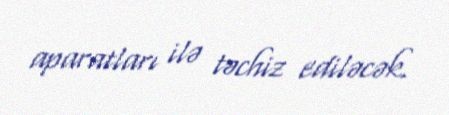
aparatları ilə təchiz ediləcək.